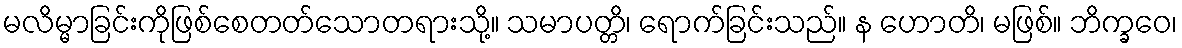
မလိမ္မာခြင်းကိုဖြစ်စေတတ်သောတရားသို့။ သမာပတ္တိ၊ ရောက်ခြင်းသည်။ န ဟောတိ၊ မဖြစ်။ ဘိက္ခဝေ၊